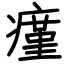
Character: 瘽